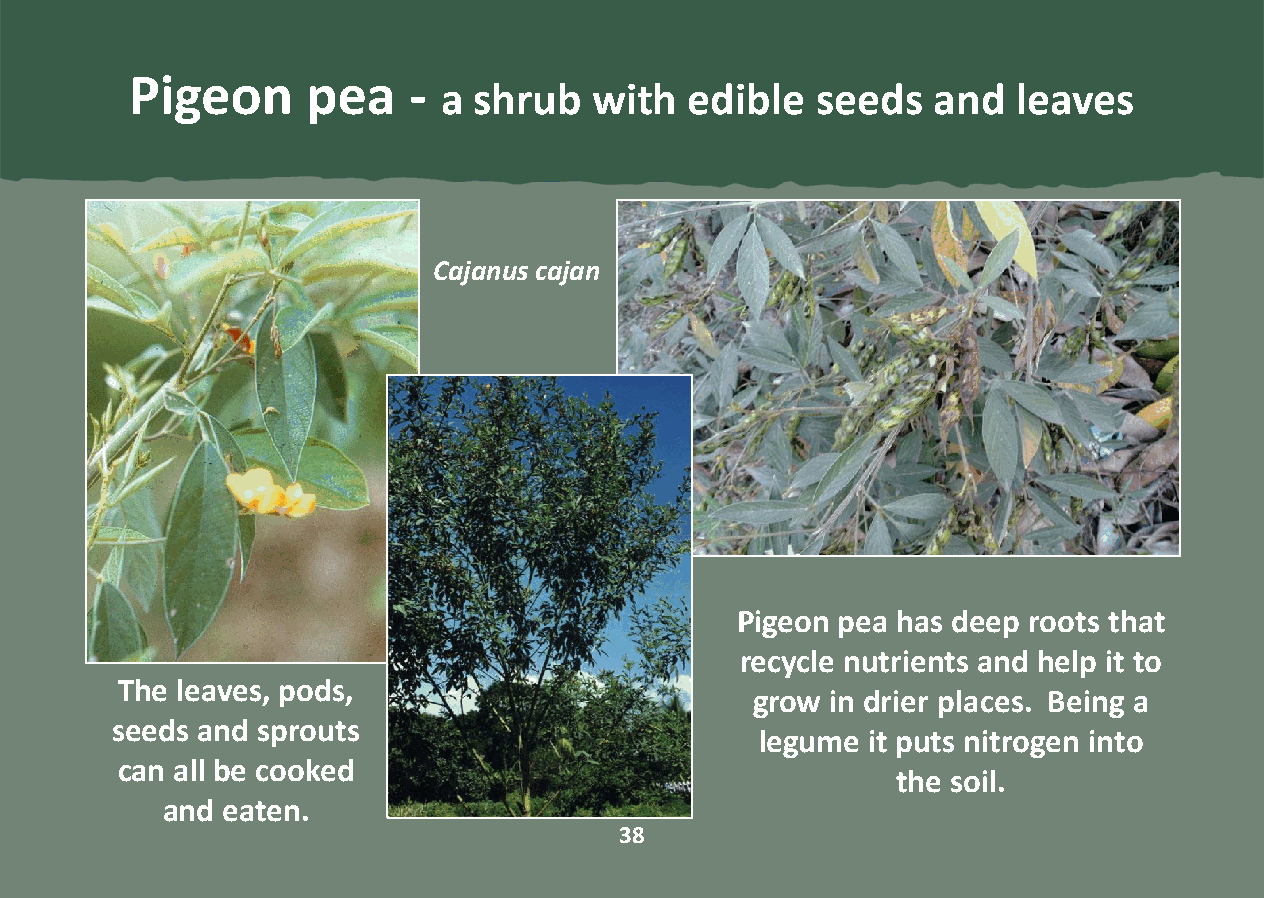
Pigeon     pea    -
 a shrub   with   edible  seeds   and  leaves
 Cajanus cajan
 Pigeon pea has deep roots that
 recycle nutrients and help it to
 The leaves, pods,
 grow in drier places. Being a
 seeds and sprouts
 legume  it puts nitrogen into
 can all be cooked
 the soil.
 and eaten.
 38